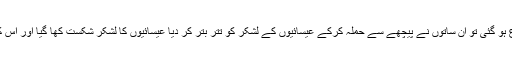
چنانچہ جب دونوں لشکروں میں گھمسان کی لڑائی شروع ہو گئی تو ان ساتوں نے پیچھے سے حملہ کرکے عیسائیوں کے لشکر کو تتر بتر کر دیا عیسائیوں کا لشکر شکست کھا گیا اور اس کے بچے کھچے سپاہی جان بچا کر بھاگ کھڑے ہوئے ۔